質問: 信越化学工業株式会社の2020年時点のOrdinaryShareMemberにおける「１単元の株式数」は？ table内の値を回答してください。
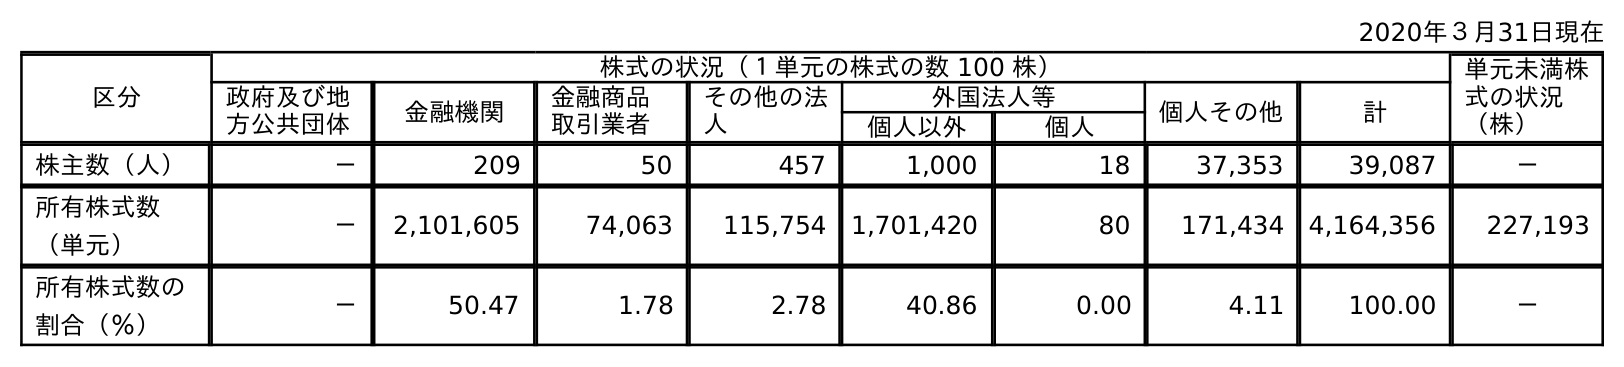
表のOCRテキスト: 2020年３月31日現在 区分 株式の状況（１単元の株式の数 100 株） 単元未満株 式の状況 （株） 政府及び地 方公共団体 金融機関 金融商品 取引業者 その他の法 人 外国法人等 個人その他 計 個人以外 個人 株主数（人） － 209 50 457 1,000 18 37,353 39,087 － 所有株式数 （単元） － 2,101,605 74,063 115,754 1,701,420 80 171,434 4,164,356 227,193 所有株式数の 割合（％） － 50.47 1.78 2.78 40.86 0.00 4.11 100.00 －
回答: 株式の状況（１単元の株式の数100株）